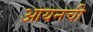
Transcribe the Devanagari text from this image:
आयनची